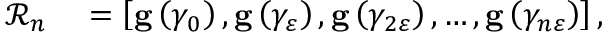
\begin{array} { r l } { \mathcal { R } _ { n } } & { { } = \left[ \mathbf { g } \left( \gamma _ { 0 } \right) , \mathbf { g } \left( \gamma _ { \varepsilon } \right) , \mathbf { g } \left( \gamma _ { 2 \varepsilon } \right) , \ldots , \mathbf { g } \left( \gamma _ { n \varepsilon } \right) \right] , } \end{array}